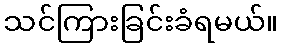
သင်ကြားခြင်းခံရမယ်။